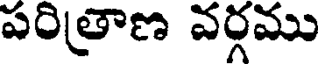
పరిత్రాణ వర్గము